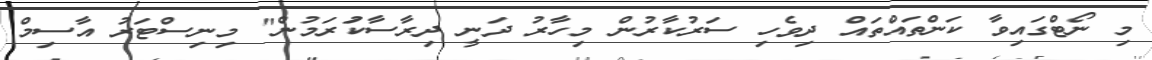
މި ނޯޓްގައިވާ ކަންތައްތައް ދިވެހި ސަރުކާރުން މިހާރު ދަނީ ދިރާސާކުަރަމުން" މިނިސްޓަރު އާސިމް